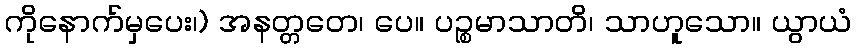
ကိုနောက်မှပေး၊) အနတ္တတေ၊ ပေ။ ပဉ္စမာသာတိ၊ သာဟူသော။ ယွာယံ